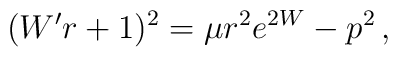
(W' r + 1)^2 = \mu r^2 e^{2W} - p^2\,,